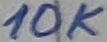
Text: 10K